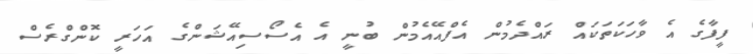
ފީފާގެ އެ ވާހަކަތަކައް ރައްދެމުން އެފްއޭއެމުން ބުނީ އެ އެސޯސިއޭޝަންގެ އަހަރީ ކޮންގްރެސް